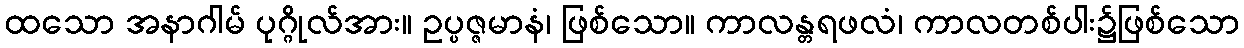
ထသော အနာဂါမ် ပုဂ္ဂိုလ်အား။ ဥပ္ပဇ္ဇမာနံ၊ ဖြစ်သော။ ကာလန္တရဖလံ၊ ကာလတစ်ပါး၌ဖြစ်သော